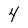
Character: 4